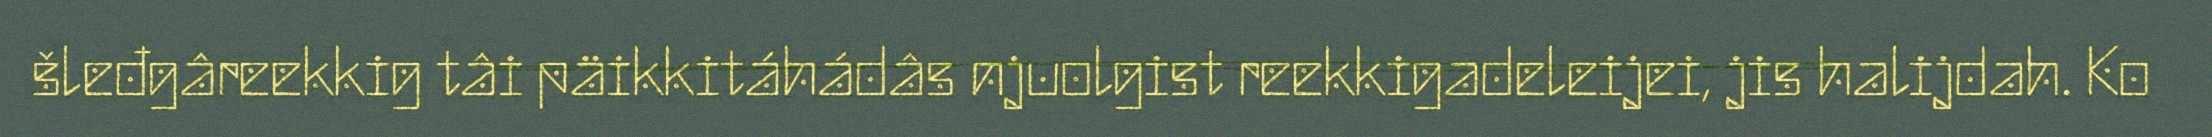
šleđgâreekkig tâi päikkitáhádâs njuolgist reekkigadeleijei, jis halijdah. Ko